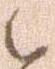
候